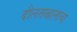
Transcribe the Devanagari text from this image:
दौलतखानाचा